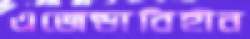
এজেন্ডাবিহীন